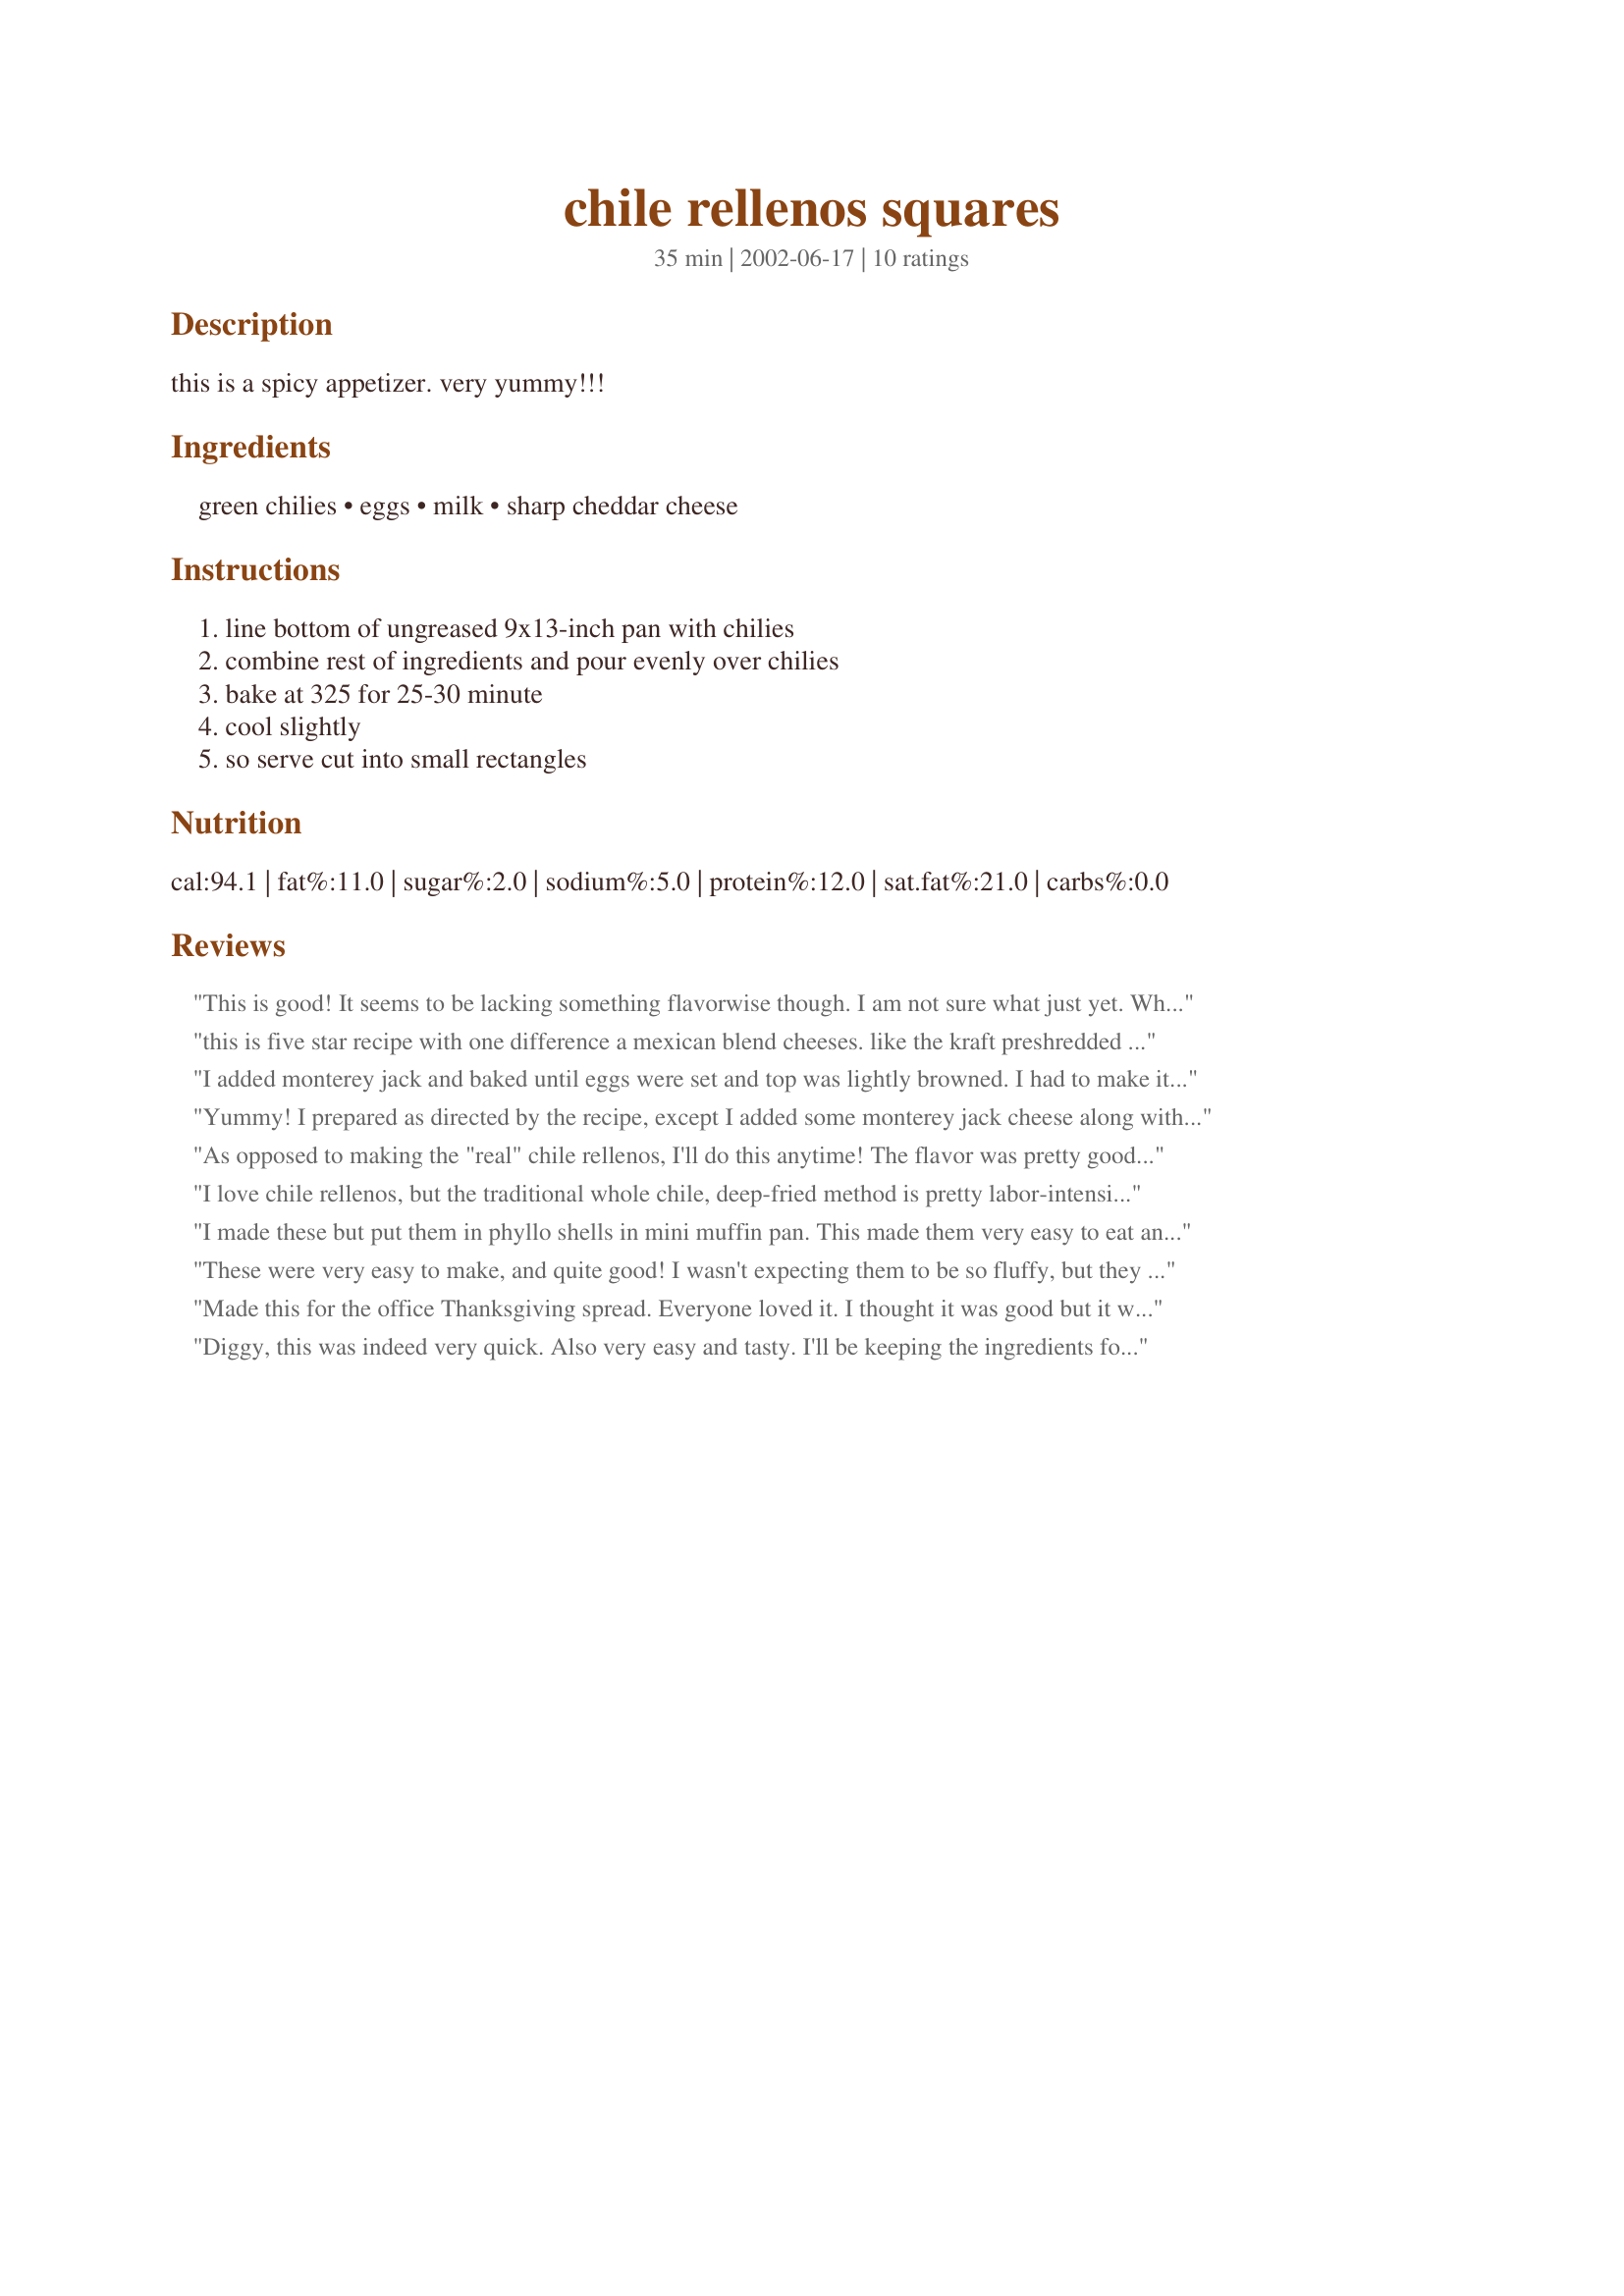
chile rellenos squares
Preparation time: 35 minutes

this is a spicy appetizer. very yummy!!!

Ingredients:
green chilies, eggs, milk, sharp cheddar cheese

Steps:
line bottom of ungreased 9x13-inch pan with chilies, combine rest of ingredients and pour evenly over chilies, bake at 325 for 25-30 minute, cool slightly, so serve cut into small rectangles

Reviews:
This is good! It seems to be lacking something flavorwise though. I am not sure what just yet. When I make this again I will add something to give it a little more favor. When I do I'll post another review and let you know.
this is five star recipe with one difference a mexican blend cheeses. like the kraft preshredded cheese. it gets rid of slimyness other reviewers have talked about and really gives a much better flavor. i have also made this with half cheddar half montery jack cheese but i like the mexican blend kraft the best for this. perfect side dish for tacos! and tacos are hard to find a side dish to go with.
I added monterey jack and baked until eggs were set and top was lightly browned. I had to make it again the next day becuase I couldn't get the taste out of my mind. I'd have made it again today but I'm out of chilis. I used my toaster oven and it worked just fine.
Yummy! I prepared as directed by the recipe, except I added some monterey jack cheese along with the cheddar. Delicious! This will definitely be repeated and next time I would like to try fresh peppers and roast them myself. I think that would be extra delicious. Thanks for a keeper Miss Diggy!
As opposed to making the "real" chile rellenos, I'll do this anytime! The flavor was pretty good (much like chile rellenos), but my DH said they were "slimy" on the bottom. I will also say that you need to cool these almost to room temperature before moving them, or they fall apart. I think I will try these again, only putting down a layer of breadcrumbs or cracker crumbs to help soak up some of the chile "slime" and stabilize the squares. Thank you for a good recipe, and a great inspiration! :)
I love chile rellenos, but the traditional whole chile, deep-fried method is pretty labor-intensive, not to mention not very healthy. These were great. I also used the Mexican blend cheese and added a third 4-ounce can of chopped chiles so as to cover the entire bottom of my pan. I was trying to give this 4-1/2 stars, but I couldn't see how to do that. I'm new here.
I made these but put them in phyllo shells in mini muffin pan. This made them very easy to eat and they were a big hit! The recipie makes 48 phyllo mini muff bites.
These were very easy to make, and quite good! I wasn't expecting them to be so fluffy, but they were indeed! It was almost like a chili cheese omelette. I think I will make these for breakfast some morning with some fresh salsa and sour cream. Thanks for a new idea, Diggy!
Made this for the office Thanksgiving spread. Everyone loved it. I thought it was good but it was a bit messy to handle. I probably did something wrong. When I make it next time I am going to add a chopped pepper or two for a little kick. Thanks for a great recipe.
Diggy, this was indeed very quick. Also very easy and tasty. I'll be keeping the ingredients for this one handy. My husband just ate half the pan!
